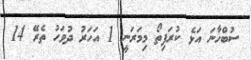
ސުބްހާނަ އަޅެ ކުރަފިތޯ މިމަރަނީ 1 އަހަރު ދުވަހު ތެރޭ 14